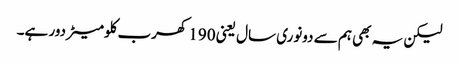
لیکن یہ بھی ہم سے دونوری سال یعنی 190 کھرب کلومیٹر دور ہے۔